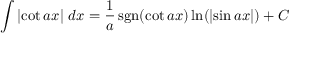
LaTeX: \int \left| \cot { a x } \right| \, d x = { \frac { 1 } { a } } \operatorname { s g n } ( \cot { a x } ) \ln ( \left| \sin { a x } \right| ) + C